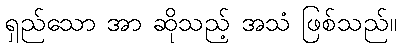
ရှည်သော အာ ဆိုသည့် အသံ ဖြစ်သည်။